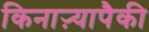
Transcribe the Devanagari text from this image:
किनाऱ्यापैकी